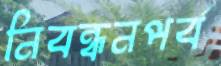
নিবন্ধনপর্ব